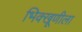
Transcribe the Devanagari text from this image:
भिक्खूणीला